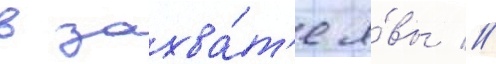
в захва́т'е я́вы //